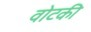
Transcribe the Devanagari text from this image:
वोटकी